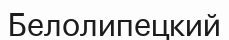
Белолипецкий